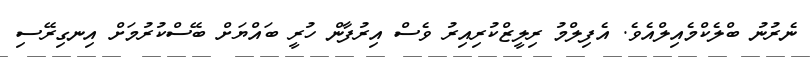
ނެރުނު ބްލެކްމެއިލްއެވެ. އެފިލްމު ރިލީޒްކުރިއިރު ވެސް އިރުފާން ހުރީ ބައްޔަށް ބޭސްކުރުމަށް އިނގިރޭސި